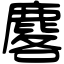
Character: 𪊲